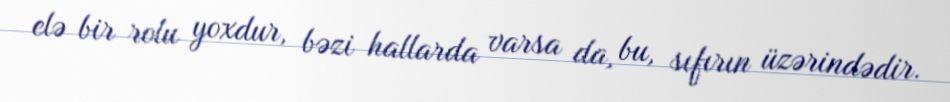
elə bir rolu yoxdur, bəzi hallarda varsa da, bu, sıfırın üzərindədir.